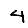
Digit: 4